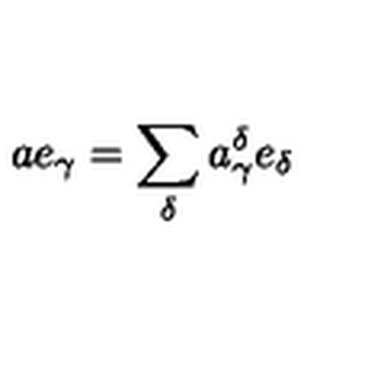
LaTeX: a e _ { \gamma } = \sum _ { \delta } a _ { \gamma } ^ { \delta } e _ { \delta }